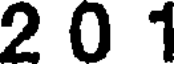
2 0 1